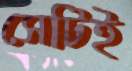
সেটিই